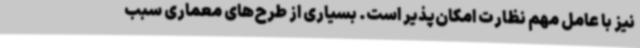
نیز با عامل مهم نظارت امکان‌پذیر است. بسیاری از طرح‌های معماری سبب